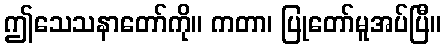
ဤသေသနာတော်ကို။ ကတာ၊ ပြုတော်မူအပ်ပြီ။